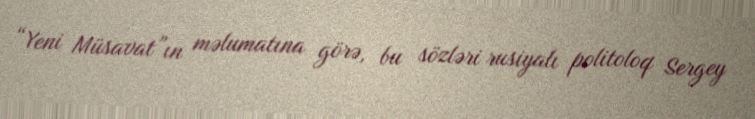
“Yeni Müsavat”ın məlumatına görə, bu sözləri rusiyalı politoloq Sergey